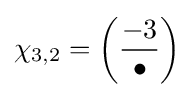
\chi _{3,2}=\left({\frac {-3}{\bullet }}\right)